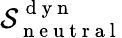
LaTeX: \mathcal{S}_{\mathrm{~n~e~u~t~r~a~l~}}^{\mathrm{~d~y~n~}}